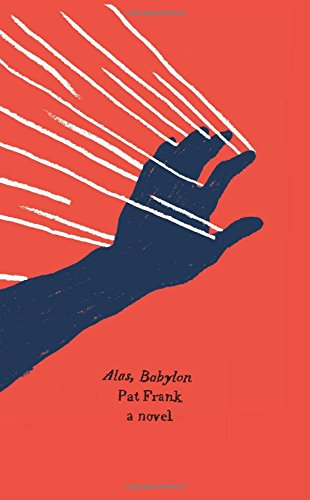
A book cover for Alas, Babylon: A Novel (Harper Perennial Olive Edition); Pat Frank; Science Fiction & Fantasy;